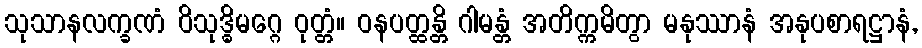
သုသာနလက္ခဏံ ဝိသုဒ္ဓိမဂ္ဂေ ဝုတ္တံ။ ဝနပတ္ထန္တိ ဂါမန္တံ အတိက္ကမိတွာ မနုဿာနံ အနုပစာရဋ္ဌာနံ,